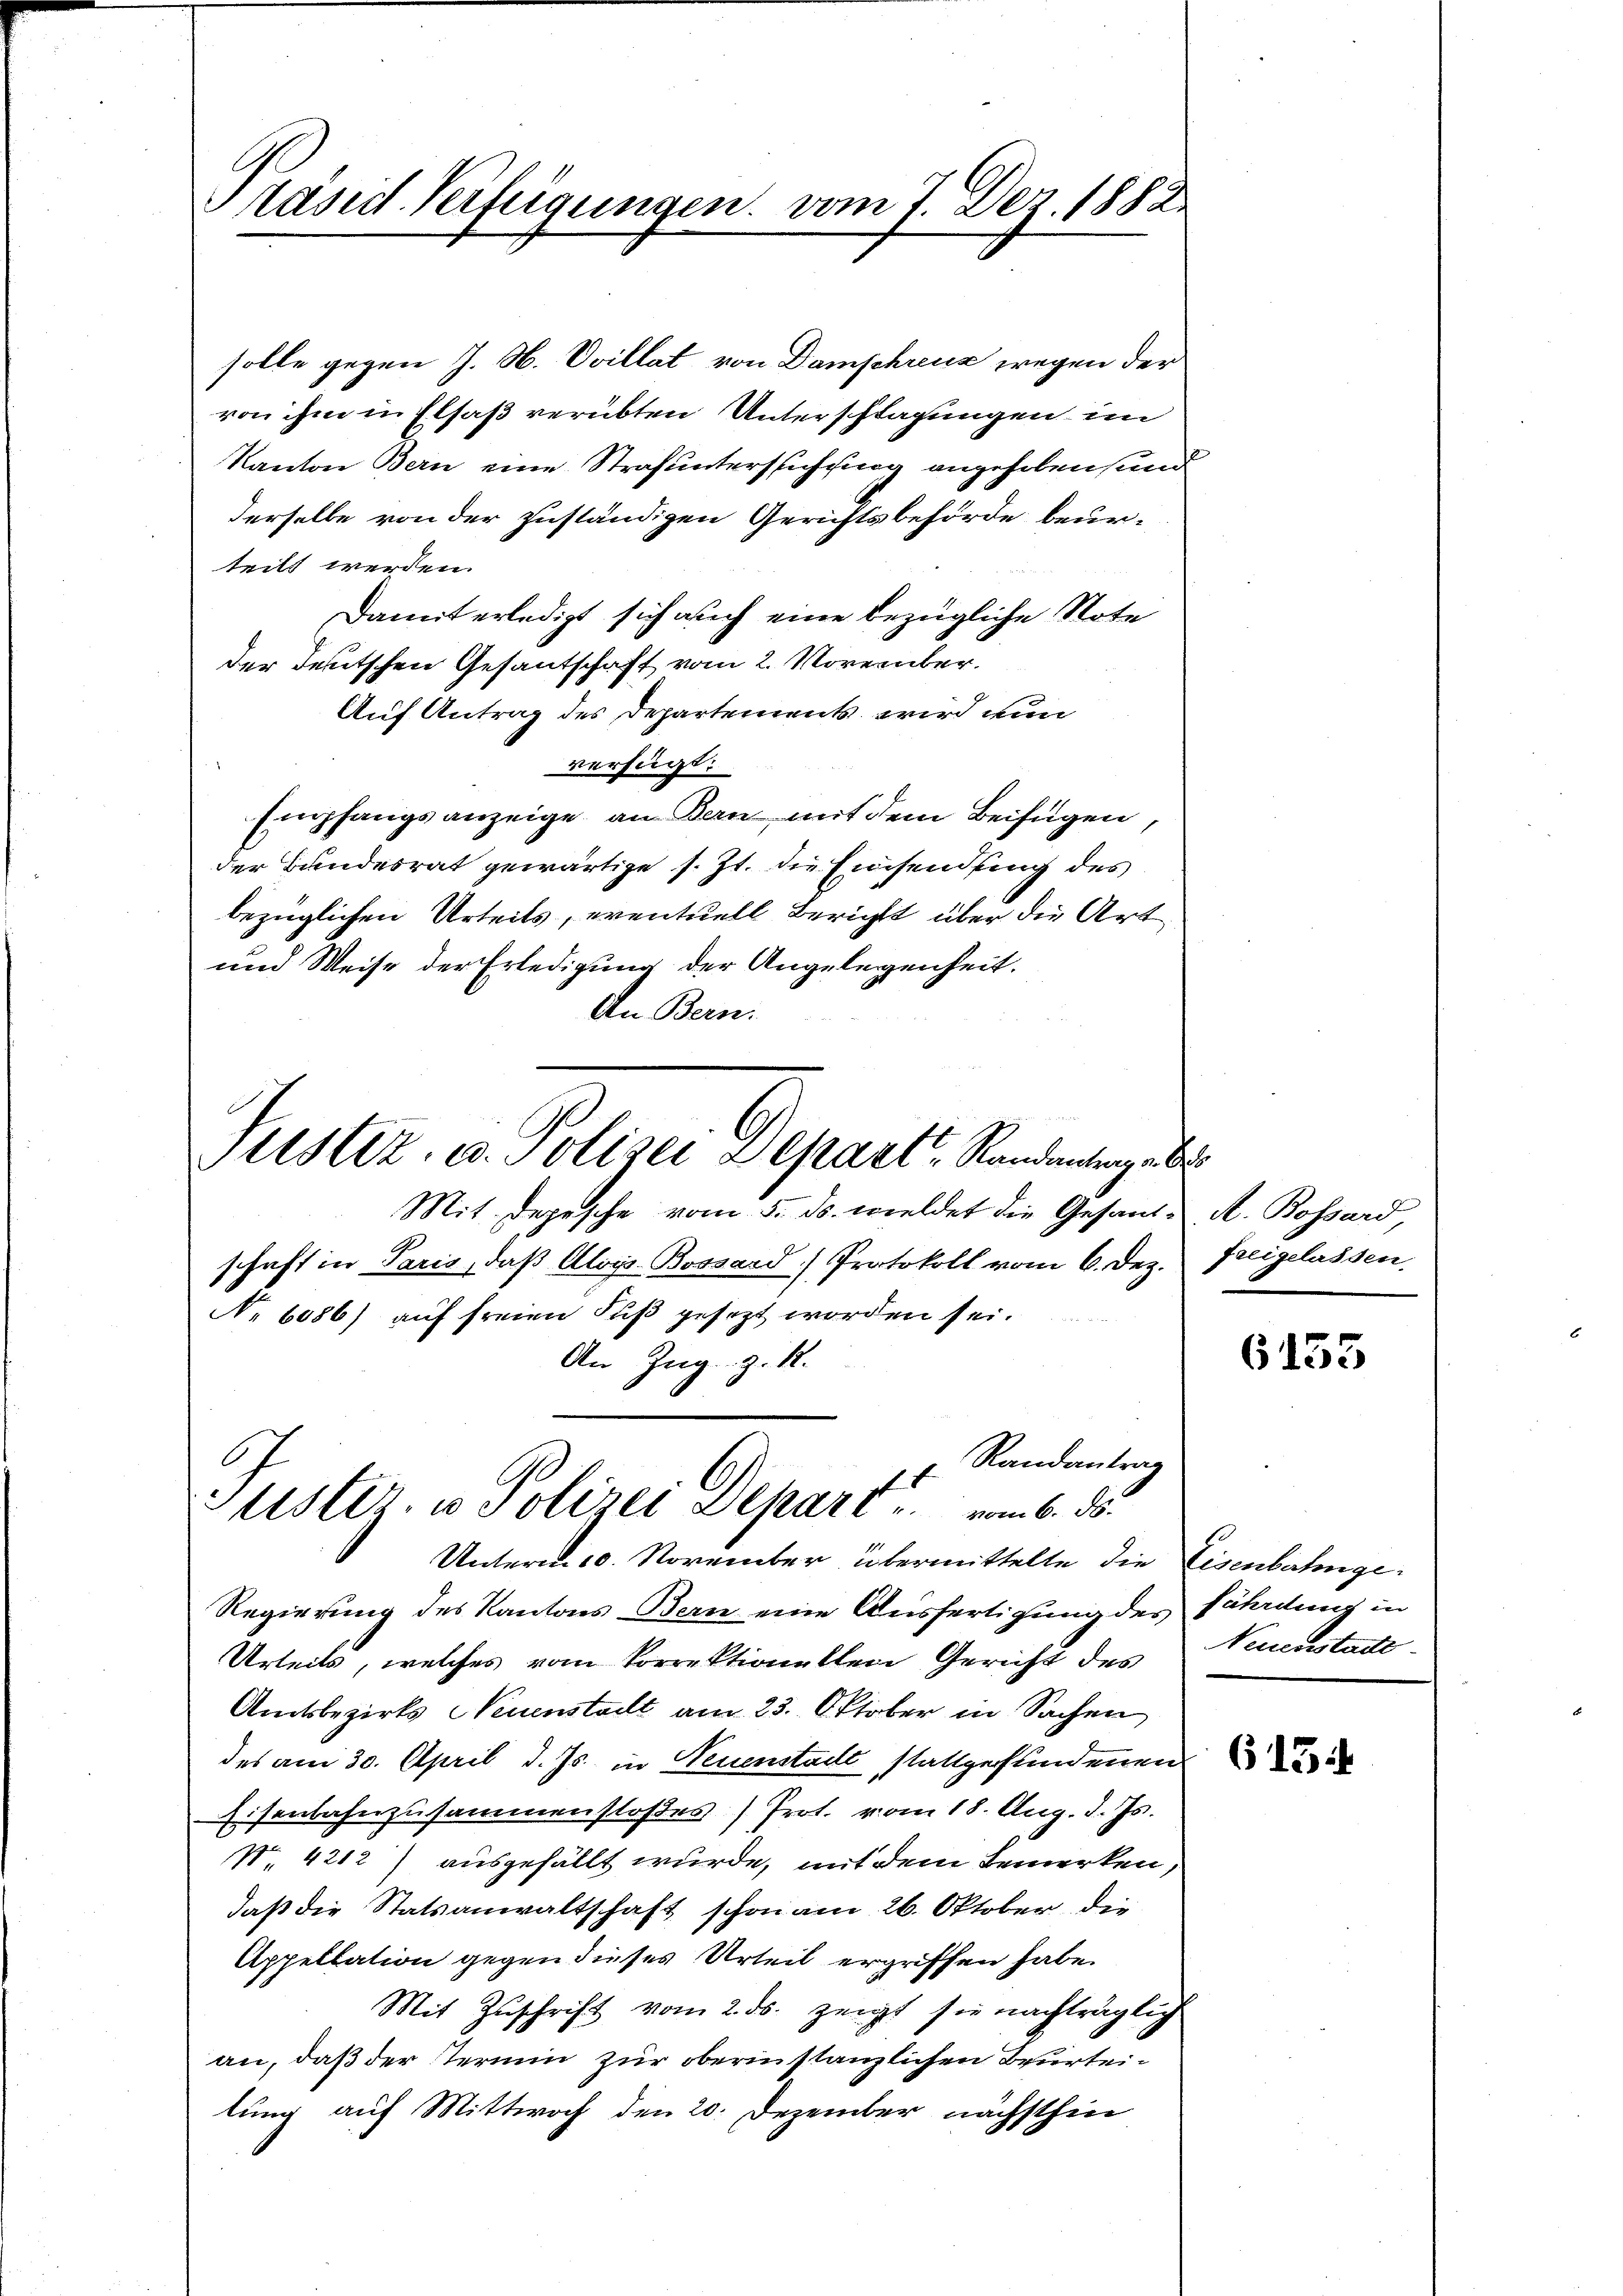
Präsid. Verfügungen. vom 7. Dez. 1882.

solle gegen J. N. Vvillat von Damphreuz wegen der
von ihm in Elsaß verübten Unterschlagungen im
Kanton Bern eine Strafuntersuchung angehoben, und
derselbe von der zuständigen Gerichtsbehörde beurteilt werden.
Damit erledigt sich auch eine bezügliche Note
der Teutschen Gesantschaft vom 2. November.
Auf Antrag des Departements wird nun
verfügt:
Empfangsanzeige, an Bern, mit dem Beifügen,
der Bundesrat gewärtige s. Zt. die Einsendung des
bezüglichen Urteils, eventuell Bericht über die Art
und Weise der Erledigung der Angelegenheit.
An Bern.

Mit Depesche vom 5. ds. wieldet die Gesand. A. Bossard
schaft in Paris, daß Aloys Bossard Protokoll vom 6. Dez. Freigelassen.
No 6086) auf freien Fuß gesezt worden sei.
An Zug z. 1.
Regierung des Kantons Bern eine Ausfertigung des fährdung in
Urteils, welches vom Vorrektionellen Gericht des Neuenstadt¬
Amtsbezirks Neuenstadt am 23. Oktober in Sachen
des am 30. April d. Js. in Neuenstalt stattgefundenen
Eisenbahnzusammenstoßes Prot. vom 18. Aug. d. Js.
Nr. 4212) ausgefällt wurde, mit dem Bemerken,
daß die Statsanwaltschaft schon am 26. Oktober die
Appellation gegen dieses Urteil ergriffen habe.
Mit Zuschrift vom 2. ds. zeigt sie nachträglich
an, daß der Termin zur oberin stanzlichen Beurteilung auf Mittwoch den 20. Dezember nächsthin

Justiz- u. Polizei Separt, Randantrage be

Randantrag
.
Puster, u. Polizei separt u. vom 6. ds.
Unterm 10. November übermittelte die Eisenbahnge¬

6135

654